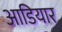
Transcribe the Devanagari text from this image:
आडियार